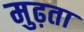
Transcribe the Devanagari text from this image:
मुढ़ता